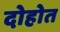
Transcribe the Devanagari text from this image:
दोहोत